Civil Veterinary Dept. Bombay admin report 1900-1906 - 1900-1906
Year: 1900
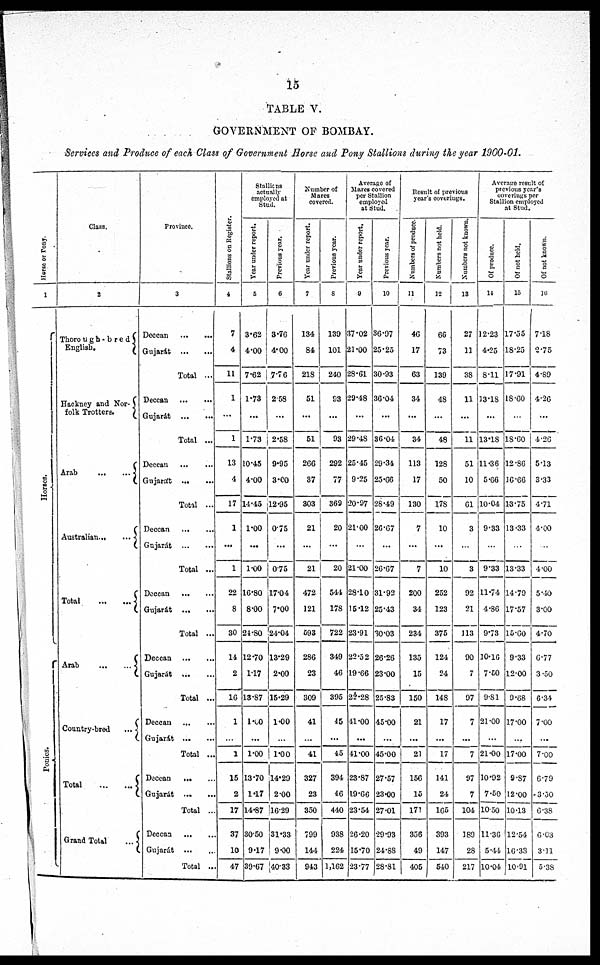
15
TABLE V.
GOVERNMENT OF BOMBAY.
Services and Produce of each Class of Government Horse and Pony Stallions during the year 1900-01.
Horse
or Pony.
1
Hor s es .
Ponies.
Class.
2
Thorough-bred
English.
Hackney and Nor-
folk Trotters.
Arab
...
...
Australian
Total
Arab
Country-bred
...
C
Total
Grand Total
...
Province.
3
Deccan
Gujarát
Total ...
Deccan
Gujarát
Total ...
Deccan
Gujarát
Total ...
Deccan
Gujarát
Total ...
Deccan
Gujarat
Total ...
Deccan
Gujarát
Total ...
Deccan
Gujarát
Total ...
Deccan
Gujarát
Total ...
Deccan
Gujarát ... ...
Total ...
Stallions on Register.
4
7
4
11
1
...
1
13
4
17
1
...
1
22
8
30
14
2
16
1
...
1
15
2
17
37
10
47
Stallions
actually
employed at
Stud.
Year under report.
5
3.62
4.00
7.62
1.73
...
1.73
10.45
4.00
14.45
1.00
...
1.00
16.80
8.00
24.80
12.70
1.17
13.87
1.00
...
1.00
13.70
1.17
14.87
30.50
9.17
39.67
Previous year.
6
3.76
4.00
7.76
2.58
...
2.58
9.95
3.00
12.95
0.75
...
0.75
17.04
7.00
24.04
13.29
2.00
15.29
1.00
...
1.00
14.29
2.00
16.29
31.33
9.00
40.33
Number of
Mares
covered.
Year under report.
7
134
84
218
51
...
51
266
37
303
21
...
21
472
121
593
286
23
309
41
...
41
327
23
350
799
144
943
Previous year.
8
139
101
240
93
...
93
292
77
369
20
...
20
544
178
722
349
46
395
45
...
45
394
46
440
938
224
1,162
Average of
Mares covered
per Stallion
employed
at Stud.
Year under report.
9
37.02
21.00
28.61
29.48
...
29.48
25.45
9.25
20.97
21.00
...
21.00
28.10
15.12
23.91
22.52
19.66
25.28
41.00
...
41.00
23.87
19.66
23.54
26.20
15.70
23.77
Previous year.
10
36.97
25.25
30.93
36.04
...
36.04
29.34
25.66
28.49
26.67
...
26.67
31.92
25.43
30.03
26.26
23.00
25.83
45.00
...
45.00
27.57
23.00
27.01
29.93
24.88
28.81
Result of previous
year's coverings.
Numbers of produce.
11
46
17
63
34
...
34
113
17
130
7
...
7
200
34
234
135
15
150
21
...
21
156
15
171
356
49
405
Numbers not held.
12
66
73
139
48
...
48
128
50
178
10
...
10
252
123
375
124
24
148
17
...
17
141
24
165
393
147
540
Numbers not known.
13
27
11
38
11
...
11
51
10
61
3
...
3
92
21
113
90
7
97
7
...
7
97
7
104
189
28
217
Average result of
previous year's
coverings per
Stallion employed
at Stud.
Of produce.
14
12.23
4.25
8.11
13.18
...
13.18
11.36
5.66
10.04
9.33
...
9.33
11.74
4.86
9.73
10.16
7.50
9.81
21.00
...
21.00
10.92
7.50
10.30
11.36
5.44
10.04
Of not held.
15
17.55
18.25
17.91
18.60
...
18.60
12.86
16.66
13.75
13.33
...
13.33
14.79
17.57
15.60
9.33
12.00
9.68
17.00
...
17.00
9.87
12.00
10.13
12.54
16.33
10.91
Of not known.
16
7.18
2.75
4.89
4.26
...
4.26
5.13
3.33
4.71
4.00
...
4.00
5.40
3.00
4.70
6.77
3.50
6.34
7.00
...
7.00
6.79
3.50
6.38
6.63
3.11
5.38